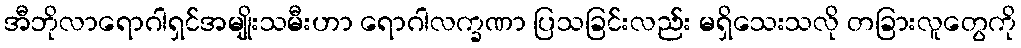
အီဘိုလာရောဂါရှင်အမျိုးသမီးဟာ ရောဂါလက္ခဏာ ပြသခြင်းလည်း မရှိသေးသလို တခြားလူတွေကို